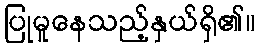
ပြုမူနေသည့်နှယ်ရှိ၏။